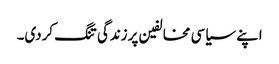
اپنے سیاسی مخالفین پرزندگی تنگ کردی۔